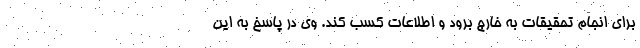
برای انجام تحقیقات به خارج برود و اطلاعات کسب کند. وی در پاسخ به این